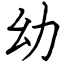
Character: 幼